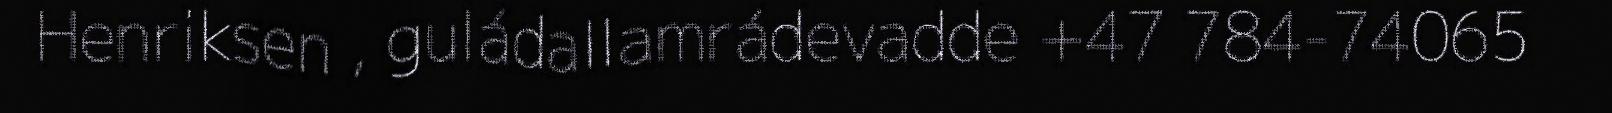
Henriksen , guládallamrádevadde +47 784-74065